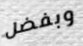
وبفضل